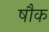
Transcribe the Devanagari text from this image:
षौक